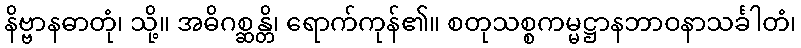
နိဗ္ဗာနဓာတုံ၊ သို့။ အဓိဂစ္ဆန္တိ၊ ရောက်ကုန်၏။ စတုသစ္စကမ္မဋ္ဌာနဘာဝနာသင်္ခါတံ၊